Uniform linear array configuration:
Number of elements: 64
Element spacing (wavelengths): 0.25
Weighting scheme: blackman
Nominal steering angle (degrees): -60
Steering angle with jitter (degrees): -58.441
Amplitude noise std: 0.05
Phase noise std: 0.05

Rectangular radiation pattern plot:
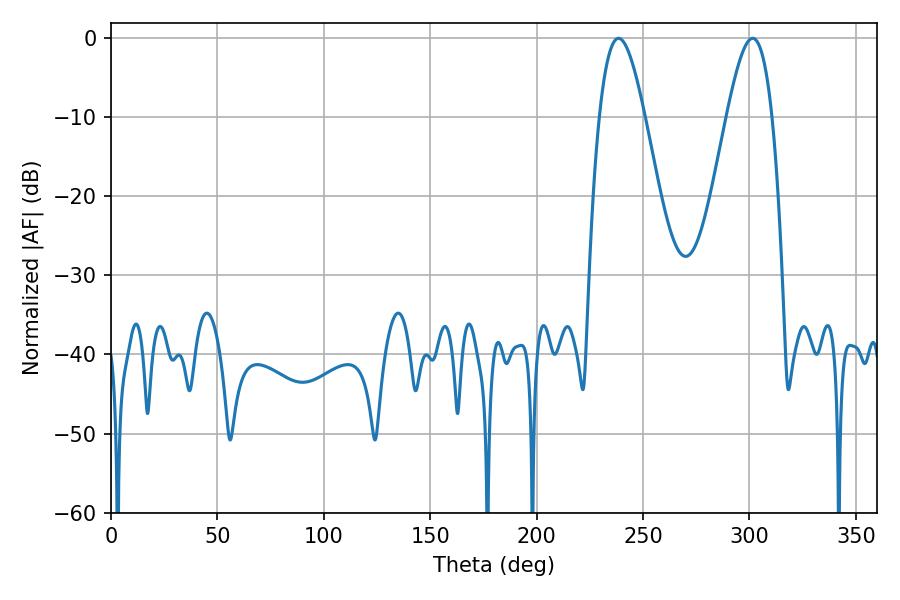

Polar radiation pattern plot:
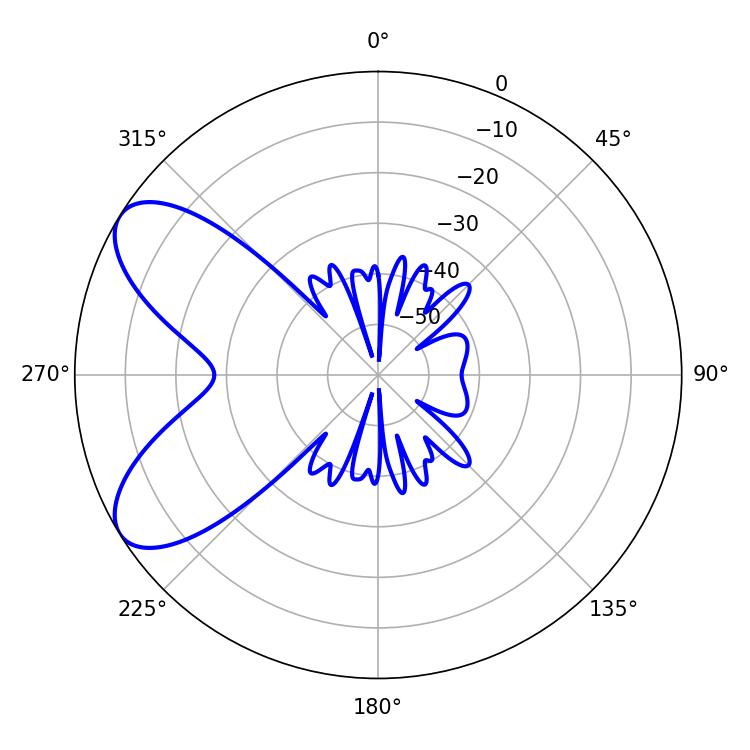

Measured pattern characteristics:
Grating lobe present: FALSE
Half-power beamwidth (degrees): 11.52
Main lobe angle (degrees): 238.5